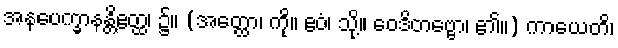
အနပေက္ခာနန္တိဧတ္ထ၊ ၌။ (အတ္ထော၊ ကို။ ဧဝံ၊ သို့။ ဝေဒိတဗ္ဗော၊ ၏။) ကာယေတိ၊